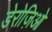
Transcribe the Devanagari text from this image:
डेरोज़िओ